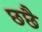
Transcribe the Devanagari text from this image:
छछै